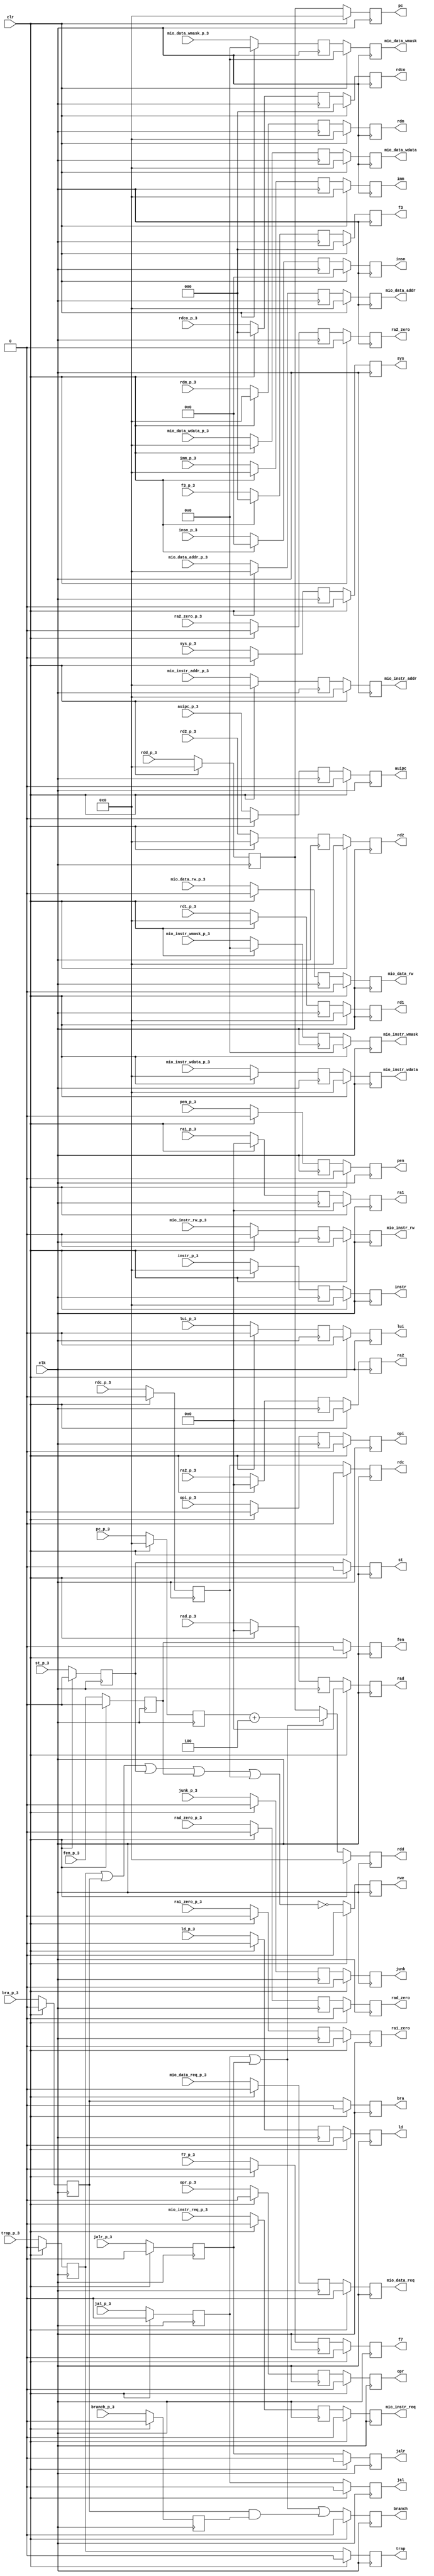
module commit (
    junk_p_3,
    mio_data_wmask_p_3,
    mio_data_rw_p_3,
    mio_data_req_p_3,
    mio_data_wdata_p_3,
    mio_data_addr_p_3,
    mio_instr_wmask_p_3,
    mio_instr_rw_p_3,
    mio_instr_req_p_3,
    mio_instr_wdata_p_3,
    mio_instr_addr_p_3,
    branch_p_3,
    f7_p_3,
    f3_p_3,
    rdco_p_3,
    rdc_p_3,
    sys_p_3,
    fen_p_3,
    opr_p_3,
    opi_p_3,
    st_p_3,
    ld_p_3,
    bra_p_3,
    auipc_p_3,
    lui_p_3,
    trap_p_3,
    insn_p_3,
    instr_p_3,
    imm_p_3,
    rdm_p_3,
    pc_p_3,
    rdd_p_3,
    jalr_p_3,
    jal_p_3,
    rd2_p_3,
    rd1_p_3,
    rad_zero_p_3,
    ra2_zero_p_3,
    ra1_zero_p_3,
    rad_p_3,
    ra2_p_3,
    ra1_p_3,
    clr,
    clk,
    pen_p_3,
    pen,
    ra1,
    ra2,
    rad,
    ra1_zero,
    ra2_zero,
    rad_zero,
    rd1,
    rd2,
    rdd,
    rdm,
    imm,
    pc,
    instr,
    insn,
    trap,
    lui,
    auipc,
    jal,
    jalr,
    bra,
    ld,
    st,
    opi,
    opr,
    fen,
    sys,
    rdc,
    rdco,
    f3,
    f7,
    branch,
    rwe,
    mio_instr_addr,
    mio_instr_wdata,
    mio_instr_req,
    mio_instr_rw,
    mio_instr_wmask,
    mio_data_addr,
    mio_data_wdata,
    mio_data_req,
    mio_data_rw,
    mio_data_wmask,
    junk
);

    input junk_p_3;
    input [3:0] mio_data_wmask_p_3;
    input mio_data_rw_p_3;
    input mio_data_req_p_3;
    input [31:0] mio_data_wdata_p_3;
    input [31:0] mio_data_addr_p_3;
    input [3:0] mio_instr_wmask_p_3;
    input mio_instr_rw_p_3;
    input mio_instr_req_p_3;
    input [31:0] mio_instr_wdata_p_3;
    input [31:0] mio_instr_addr_p_3;
    input branch_p_3;
    input f7_p_3;
    input [2:0] f3_p_3;
    input [2:0] rdco_p_3;
    input rdc_p_3;
    input sys_p_3;
    input fen_p_3;
    input opr_p_3;
    input opi_p_3;
    input st_p_3;
    input ld_p_3;
    input bra_p_3;
    input auipc_p_3;
    input lui_p_3;
    input trap_p_3;
    input [47:0] insn_p_3;
    input [31:0] instr_p_3;
    input [31:0] imm_p_3;
    input [31:0] rdm_p_3;
    input [31:0] pc_p_3;
    input [31:0] rdd_p_3;
    input jalr_p_3;
    input jal_p_3;
    input [31:0] rd2_p_3;
    input [31:0] rd1_p_3;
    input rad_zero_p_3;
    input ra2_zero_p_3;
    input ra1_zero_p_3;
    input [4:0] rad_p_3;
    input [4:0] ra2_p_3;
    input [4:0] ra1_p_3;
    input clr;
    input clk;
    input pen_p_3;
    output pen;
    output [4:0] ra1;
    output [4:0] ra2;
    output [4:0] rad;
    output ra1_zero;
    output ra2_zero;
    output rad_zero;
    output [31:0] rd1;
    output [31:0] rd2;
    output [31:0] rdd;
    output [31:0] rdm;
    output [31:0] imm;
    output [31:0] pc;
    output [31:0] instr;
    output [47:0] insn;
    output trap;
    output lui;
    output auipc;
    output jal;
    output jalr;
    output bra;
    output ld;
    output st;
    output opi;
    output opr;
    output fen;
    output sys;
    output rdc;
    output [2:0] rdco;
    output [2:0] f3;
    output f7;
    output branch;
    output rwe;
    output [31:0] mio_instr_addr;
    output [31:0] mio_instr_wdata;
    output mio_instr_req;
    output mio_instr_rw;
    output [3:0] mio_instr_wmask;
    output [31:0] mio_data_addr;
    output [31:0] mio_data_wdata;
    output mio_data_req;
    output mio_data_rw;
    output [3:0] mio_data_wmask;
    output junk;

    /* signal declarations */
    wire _10835 = 1'b0;
    wire _10836 = 1'b0;
    wire _9420 = 1'b0;
    wire _9421 = 1'b0;
    reg _9422;
    reg _10837;
    wire [3:0] _10831 = 4'b0000;
    wire [3:0] _10832 = 4'b0000;
    wire [3:0] _9424 = 4'b0000;
    wire [3:0] _9425 = 4'b0000;
    reg [3:0] _9426;
    reg [3:0] _10833;
    wire _10827 = 1'b0;
    wire _10828 = 1'b0;
    wire _9428 = 1'b0;
    wire _9429 = 1'b0;
    reg _9430;
    reg _10829;
    wire _10823 = 1'b0;
    wire _10824 = 1'b0;
    wire _9432 = 1'b0;
    wire _9433 = 1'b0;
    reg _9434;
    reg _10825;
    wire [31:0] _10819 = 32'b00000000000000000000000000000000;
    wire [31:0] _10820 = 32'b00000000000000000000000000000000;
    wire [31:0] _9436 = 32'b00000000000000000000000000000000;
    wire [31:0] _9437 = 32'b00000000000000000000000000000000;
    reg [31:0] _9438;
    reg [31:0] _10821;
    wire [31:0] _10815 = 32'b00000000000000000000000000000000;
    wire [31:0] _10816 = 32'b00000000000000000000000000000000;
    wire [31:0] _9440 = 32'b00000000000000000000000000000000;
    wire [31:0] _9441 = 32'b00000000000000000000000000000000;
    reg [31:0] _9442;
    reg [31:0] _10817;
    wire [3:0] _10811 = 4'b0000;
    wire [3:0] _10812 = 4'b0000;
    wire [3:0] _9444 = 4'b0000;
    wire [3:0] _9445 = 4'b0000;
    reg [3:0] _9446;
    reg [3:0] _10813;
    wire _10807 = 1'b0;
    wire _10808 = 1'b0;
    wire _9448 = 1'b0;
    wire _9449 = 1'b0;
    reg _9450;
    reg _10809;
    wire _10803 = 1'b0;
    wire _10804 = 1'b0;
    wire _9452 = 1'b0;
    wire _9453 = 1'b0;
    reg _9454;
    reg _10805;
    wire [31:0] _10799 = 32'b00000000000000000000000000000000;
    wire [31:0] _10800 = 32'b00000000000000000000000000000000;
    wire [31:0] _9456 = 32'b00000000000000000000000000000000;
    wire [31:0] _9457 = 32'b00000000000000000000000000000000;
    reg [31:0] _9458;
    reg [31:0] _10801;
    wire [31:0] _10795 = 32'b00000000000000000000000000000000;
    wire [31:0] _10796 = 32'b00000000000000000000000000000000;
    wire [31:0] _9460 = 32'b00000000000000000000000000000000;
    wire [31:0] _9461 = 32'b00000000000000000000000000000000;
    reg [31:0] _9462;
    reg [31:0] _10797;
    wire _10791 = 1'b0;
    wire _10792 = 1'b0;
    wire _10658;
    wire _10659;
    wire _10660;
    wire _10661;
    wire _10662;
    reg _10793;
    wire _10787 = 1'b0;
    wire _10788 = 1'b0;
    wire _9468 = 1'b0;
    wire _9469 = 1'b0;
    reg _9470;
    wire _10651;
    wire _10652;
    wire _10653;
    reg _10789;
    wire _10783 = 1'b0;
    wire _10784 = 1'b0;
    wire _9472 = 1'b0;
    wire _9473 = 1'b0;
    reg _9474;
    reg _10785;
    wire [2:0] _10779 = 3'b000;
    wire [2:0] _10780 = 3'b000;
    wire [2:0] _9476 = 3'b000;
    wire [2:0] _9477 = 3'b000;
    reg [2:0] _9478;
    reg [2:0] _10781;
    wire [2:0] _10775 = 3'b000;
    wire [2:0] _10776 = 3'b000;
    wire [2:0] _9480 = 3'b000;
    wire [2:0] _9481 = 3'b000;
    reg [2:0] _9482;
    reg [2:0] _10777;
    wire _10771 = 1'b0;
    wire _10772 = 1'b0;
    wire _9484 = 1'b0;
    wire _9485 = 1'b0;
    reg _9486;
    reg _10773;
    wire _10767 = 1'b0;
    wire _10768 = 1'b0;
    wire _9488 = 1'b0;
    wire _9489 = 1'b0;
    reg _9490;
    reg _10769;
    wire _10763 = 1'b0;
    wire _10764 = 1'b0;
    wire _9492 = 1'b0;
    wire _9493 = 1'b0;
    reg _9494;
    reg _10765;
    wire _10759 = 1'b0;
    wire _10760 = 1'b0;
    wire _9496 = 1'b0;
    wire _9497 = 1'b0;
    reg _9498;
    reg _10761;
    wire _10755 = 1'b0;
    wire _10756 = 1'b0;
    wire _9500 = 1'b0;
    wire _9501 = 1'b0;
    reg _9502;
    reg _10757;
    wire _10751 = 1'b0;
    wire _10752 = 1'b0;
    wire _9504 = 1'b0;
    wire _9505 = 1'b0;
    reg _9506;
    reg _10753;
    wire _10747 = 1'b0;
    wire _10748 = 1'b0;
    wire _9508 = 1'b0;
    wire _9509 = 1'b0;
    reg _9510;
    reg _10749;
    wire _10743 = 1'b0;
    wire _10744 = 1'b0;
    wire _9512 = 1'b0;
    wire _9513 = 1'b0;
    reg _9514;
    reg _10745;
    wire _10739 = 1'b0;
    wire _10740 = 1'b0;
    reg _10741;
    wire _10735 = 1'b0;
    wire _10736 = 1'b0;
    reg _10737;
    wire _10731 = 1'b0;
    wire _10732 = 1'b0;
    wire _9524 = 1'b0;
    wire _9525 = 1'b0;
    reg _9526;
    reg _10733;
    wire _10727 = 1'b0;
    wire _10728 = 1'b0;
    wire _9528 = 1'b0;
    wire _9529 = 1'b0;
    reg _9530;
    reg _10729;
    wire _10723 = 1'b0;
    wire _10724 = 1'b0;
    wire _9532 = 1'b0;
    wire _9533 = 1'b0;
    reg _9534;
    reg _10725;
    wire [47:0] _10719 = 48'b000000000000000000000000000000000000000000000000;
    wire [47:0] _10720 = 48'b000000000000000000000000000000000000000000000000;
    wire [47:0] _9536 = 48'b000000000000000000000000000000000000000000000000;
    wire [47:0] _9537 = 48'b000000000000000000000000000000000000000000000000;
    reg [47:0] _9538;
    reg [47:0] _10721;
    wire [31:0] _10715 = 32'b00000000000000000000000000000000;
    wire [31:0] _10716 = 32'b00000000000000000000000000000000;
    wire [31:0] _9540 = 32'b00000000000000000000000000000000;
    wire [31:0] _9541 = 32'b00000000000000000000000000000000;
    reg [31:0] _9542;
    reg [31:0] _10717;
    wire [31:0] _10711 = 32'b00000000000000000000000000000000;
    wire [31:0] _10712 = 32'b00000000000000000000000000000000;
    reg [31:0] _10713;
    wire [31:0] _10707 = 32'b00000000000000000000000000000000;
    wire [31:0] _10708 = 32'b00000000000000000000000000000000;
    wire [31:0] _9548 = 32'b00000000000000000000000000000000;
    wire [31:0] _9549 = 32'b00000000000000000000000000000000;
    reg [31:0] _9550;
    reg [31:0] _10709;
    wire [31:0] _10703 = 32'b00000000000000000000000000000000;
    wire [31:0] _10704 = 32'b00000000000000000000000000000000;
    wire [31:0] _9552 = 32'b00000000000000000000000000000000;
    wire [31:0] _9553 = 32'b00000000000000000000000000000000;
    reg [31:0] _9554;
    reg [31:0] _10705;
    wire [31:0] _10699 = 32'b00000000000000000000000000000000;
    wire [31:0] _10700 = 32'b00000000000000000000000000000000;
    wire [31:0] _10654 = 32'b00000000000000000000000000000100;
    wire [31:0] _9544 = 32'b00000000000000000000000000000000;
    wire [31:0] _9545 = 32'b00000000000000000000000000000000;
    reg [31:0] _9546;
    wire [31:0] _10655;
    wire [31:0] _9556 = 32'b00000000000000000000000000000000;
    wire [31:0] _9557 = 32'b00000000000000000000000000000000;
    reg [31:0] _9558;
    wire _9516 = 1'b0;
    wire _9517 = 1'b0;
    reg _9518;
    wire _9520 = 1'b0;
    wire _9521 = 1'b0;
    reg _9522;
    wire _10656;
    wire [31:0] _10657;
    reg [31:0] _10701;
    wire [31:0] _10695 = 32'b00000000000000000000000000000000;
    wire [31:0] _10696 = 32'b00000000000000000000000000000000;
    wire [31:0] _9560 = 32'b00000000000000000000000000000000;
    wire [31:0] _9561 = 32'b00000000000000000000000000000000;
    reg [31:0] _9562;
    reg [31:0] _10697;
    wire [31:0] _10691 = 32'b00000000000000000000000000000000;
    wire [31:0] _10692 = 32'b00000000000000000000000000000000;
    wire [31:0] _9564 = 32'b00000000000000000000000000000000;
    wire [31:0] _9565 = 32'b00000000000000000000000000000000;
    reg [31:0] _9566;
    reg [31:0] _10693;
    wire _10687 = 1'b0;
    wire _10688 = 1'b0;
    wire _9568 = 1'b0;
    wire _9569 = 1'b0;
    reg _9570;
    reg _10689;
    wire _10683 = 1'b0;
    wire _10684 = 1'b0;
    wire _9572 = 1'b0;
    wire _9573 = 1'b0;
    reg _9574;
    reg _10685;
    wire _10679 = 1'b0;
    wire _10680 = 1'b0;
    wire _9576 = 1'b0;
    wire _9577 = 1'b0;
    reg _9578;
    reg _10681;
    wire [4:0] _10675 = 5'b00000;
    wire [4:0] _10676 = 5'b00000;
    wire [4:0] _9580 = 5'b00000;
    wire [4:0] _9581 = 5'b00000;
    reg [4:0] _9582;
    reg [4:0] _10677;
    wire [4:0] _10671 = 5'b00000;
    wire [4:0] _10672 = 5'b00000;
    wire [4:0] _9584 = 5'b00000;
    wire [4:0] _9585 = 5'b00000;
    reg [4:0] _9586;
    reg [4:0] _10673;
    wire [4:0] _10667 = 5'b00000;
    wire [4:0] _10668 = 5'b00000;
    wire [4:0] _9588 = 5'b00000;
    wire [4:0] _9589 = 5'b00000;
    reg [4:0] _9590;
    reg [4:0] _10669;
    wire _10663 = 1'b0;
    wire _10664 = 1'b0;
    wire _9592 = 1'b0;
    wire vdd = 1'b1;
    wire _9593 = 1'b0;
    reg _9594;
    reg _10665;

    /* logic */
    always @(posedge clk) begin
        if (clr)
            _9422 <= _9420;
        else
            _9422 <= junk_p_3;
    end
    always @(posedge clk) begin
        if (clr)
            _10837 <= _10835;
        else
            _10837 <= _9422;
    end
    always @(posedge clk) begin
        if (clr)
            _9426 <= _9424;
        else
            _9426 <= mio_data_wmask_p_3;
    end
    always @(posedge clk) begin
        if (clr)
            _10833 <= _10831;
        else
            _10833 <= _9426;
    end
    always @(posedge clk) begin
        if (clr)
            _9430 <= _9428;
        else
            _9430 <= mio_data_rw_p_3;
    end
    always @(posedge clk) begin
        if (clr)
            _10829 <= _10827;
        else
            _10829 <= _9430;
    end
    always @(posedge clk) begin
        if (clr)
            _9434 <= _9432;
        else
            _9434 <= mio_data_req_p_3;
    end
    always @(posedge clk) begin
        if (clr)
            _10825 <= _10823;
        else
            _10825 <= _9434;
    end
    always @(posedge clk) begin
        if (clr)
            _9438 <= _9436;
        else
            _9438 <= mio_data_wdata_p_3;
    end
    always @(posedge clk) begin
        if (clr)
            _10821 <= _10819;
        else
            _10821 <= _9438;
    end
    always @(posedge clk) begin
        if (clr)
            _9442 <= _9440;
        else
            _9442 <= mio_data_addr_p_3;
    end
    always @(posedge clk) begin
        if (clr)
            _10817 <= _10815;
        else
            _10817 <= _9442;
    end
    always @(posedge clk) begin
        if (clr)
            _9446 <= _9444;
        else
            _9446 <= mio_instr_wmask_p_3;
    end
    always @(posedge clk) begin
        if (clr)
            _10813 <= _10811;
        else
            _10813 <= _9446;
    end
    always @(posedge clk) begin
        if (clr)
            _9450 <= _9448;
        else
            _9450 <= mio_instr_rw_p_3;
    end
    always @(posedge clk) begin
        if (clr)
            _10809 <= _10807;
        else
            _10809 <= _9450;
    end
    always @(posedge clk) begin
        if (clr)
            _9454 <= _9452;
        else
            _9454 <= mio_instr_req_p_3;
    end
    always @(posedge clk) begin
        if (clr)
            _10805 <= _10803;
        else
            _10805 <= _9454;
    end
    always @(posedge clk) begin
        if (clr)
            _9458 <= _9456;
        else
            _9458 <= mio_instr_wdata_p_3;
    end
    always @(posedge clk) begin
        if (clr)
            _10801 <= _10799;
        else
            _10801 <= _9458;
    end
    always @(posedge clk) begin
        if (clr)
            _9462 <= _9460;
        else
            _9462 <= mio_instr_addr_p_3;
    end
    always @(posedge clk) begin
        if (clr)
            _10797 <= _10795;
        else
            _10797 <= _9462;
    end
    assign _10658 = _9534 | _9514;
    assign _10659 = _10658 | _9506;
    assign _10660 = _10659 | _9494;
    assign _10661 = _10660 | _9486;
    assign _10662 = ~ _10661;
    always @(posedge clk) begin
        if (clr)
            _10793 <= _10791;
        else
            _10793 <= _10662;
    end
    always @(posedge clk) begin
        if (clr)
            _9470 <= _9468;
        else
            _9470 <= branch_p_3;
    end
    assign _10651 = _9514 & _9470;
    assign _10652 = _9522 | _9518;
    assign _10653 = _10652 | _10651;
    always @(posedge clk) begin
        if (clr)
            _10789 <= _10787;
        else
            _10789 <= _10653;
    end
    always @(posedge clk) begin
        if (clr)
            _9474 <= _9472;
        else
            _9474 <= f7_p_3;
    end
    always @(posedge clk) begin
        if (clr)
            _10785 <= _10783;
        else
            _10785 <= _9474;
    end
    always @(posedge clk) begin
        if (clr)
            _9478 <= _9476;
        else
            _9478 <= f3_p_3;
    end
    always @(posedge clk) begin
        if (clr)
            _10781 <= _10779;
        else
            _10781 <= _9478;
    end
    always @(posedge clk) begin
        if (clr)
            _9482 <= _9480;
        else
            _9482 <= rdco_p_3;
    end
    always @(posedge clk) begin
        if (clr)
            _10777 <= _10775;
        else
            _10777 <= _9482;
    end
    always @(posedge clk) begin
        if (clr)
            _9486 <= _9484;
        else
            _9486 <= rdc_p_3;
    end
    always @(posedge clk) begin
        if (clr)
            _10773 <= _10771;
        else
            _10773 <= _9486;
    end
    always @(posedge clk) begin
        if (clr)
            _9490 <= _9488;
        else
            _9490 <= sys_p_3;
    end
    always @(posedge clk) begin
        if (clr)
            _10769 <= _10767;
        else
            _10769 <= _9490;
    end
    always @(posedge clk) begin
        if (clr)
            _9494 <= _9492;
        else
            _9494 <= fen_p_3;
    end
    always @(posedge clk) begin
        if (clr)
            _10765 <= _10763;
        else
            _10765 <= _9494;
    end
    always @(posedge clk) begin
        if (clr)
            _9498 <= _9496;
        else
            _9498 <= opr_p_3;
    end
    always @(posedge clk) begin
        if (clr)
            _10761 <= _10759;
        else
            _10761 <= _9498;
    end
    always @(posedge clk) begin
        if (clr)
            _9502 <= _9500;
        else
            _9502 <= opi_p_3;
    end
    always @(posedge clk) begin
        if (clr)
            _10757 <= _10755;
        else
            _10757 <= _9502;
    end
    always @(posedge clk) begin
        if (clr)
            _9506 <= _9504;
        else
            _9506 <= st_p_3;
    end
    always @(posedge clk) begin
        if (clr)
            _10753 <= _10751;
        else
            _10753 <= _9506;
    end
    always @(posedge clk) begin
        if (clr)
            _9510 <= _9508;
        else
            _9510 <= ld_p_3;
    end
    always @(posedge clk) begin
        if (clr)
            _10749 <= _10747;
        else
            _10749 <= _9510;
    end
    always @(posedge clk) begin
        if (clr)
            _9514 <= _9512;
        else
            _9514 <= bra_p_3;
    end
    always @(posedge clk) begin
        if (clr)
            _10745 <= _10743;
        else
            _10745 <= _9514;
    end
    always @(posedge clk) begin
        if (clr)
            _10741 <= _10739;
        else
            _10741 <= _9518;
    end
    always @(posedge clk) begin
        if (clr)
            _10737 <= _10735;
        else
            _10737 <= _9522;
    end
    always @(posedge clk) begin
        if (clr)
            _9526 <= _9524;
        else
            _9526 <= auipc_p_3;
    end
    always @(posedge clk) begin
        if (clr)
            _10733 <= _10731;
        else
            _10733 <= _9526;
    end
    always @(posedge clk) begin
        if (clr)
            _9530 <= _9528;
        else
            _9530 <= lui_p_3;
    end
    always @(posedge clk) begin
        if (clr)
            _10729 <= _10727;
        else
            _10729 <= _9530;
    end
    always @(posedge clk) begin
        if (clr)
            _9534 <= _9532;
        else
            _9534 <= trap_p_3;
    end
    always @(posedge clk) begin
        if (clr)
            _10725 <= _10723;
        else
            _10725 <= _9534;
    end
    always @(posedge clk) begin
        if (clr)
            _9538 <= _9536;
        else
            _9538 <= insn_p_3;
    end
    always @(posedge clk) begin
        if (clr)
            _10721 <= _10719;
        else
            _10721 <= _9538;
    end
    always @(posedge clk) begin
        if (clr)
            _9542 <= _9540;
        else
            _9542 <= instr_p_3;
    end
    always @(posedge clk) begin
        if (clr)
            _10717 <= _10715;
        else
            _10717 <= _9542;
    end
    always @(posedge clk) begin
        if (clr)
            _10713 <= _10711;
        else
            _10713 <= _9558;
    end
    always @(posedge clk) begin
        if (clr)
            _9550 <= _9548;
        else
            _9550 <= imm_p_3;
    end
    always @(posedge clk) begin
        if (clr)
            _10709 <= _10707;
        else
            _10709 <= _9550;
    end
    always @(posedge clk) begin
        if (clr)
            _9554 <= _9552;
        else
            _9554 <= rdm_p_3;
    end
    always @(posedge clk) begin
        if (clr)
            _10705 <= _10703;
        else
            _10705 <= _9554;
    end
    always @(posedge clk) begin
        if (clr)
            _9546 <= _9544;
        else
            _9546 <= pc_p_3;
    end
    assign _10655 = _9546 + _10654;
    always @(posedge clk) begin
        if (clr)
            _9558 <= _9556;
        else
            _9558 <= rdd_p_3;
    end
    always @(posedge clk) begin
        if (clr)
            _9518 <= _9516;
        else
            _9518 <= jalr_p_3;
    end
    always @(posedge clk) begin
        if (clr)
            _9522 <= _9520;
        else
            _9522 <= jal_p_3;
    end
    assign _10656 = _9522 | _9518;
    assign _10657 = _10656 ? _10655 : _9558;
    always @(posedge clk) begin
        if (clr)
            _10701 <= _10699;
        else
            _10701 <= _10657;
    end
    always @(posedge clk) begin
        if (clr)
            _9562 <= _9560;
        else
            _9562 <= rd2_p_3;
    end
    always @(posedge clk) begin
        if (clr)
            _10697 <= _10695;
        else
            _10697 <= _9562;
    end
    always @(posedge clk) begin
        if (clr)
            _9566 <= _9564;
        else
            _9566 <= rd1_p_3;
    end
    always @(posedge clk) begin
        if (clr)
            _10693 <= _10691;
        else
            _10693 <= _9566;
    end
    always @(posedge clk) begin
        if (clr)
            _9570 <= _9568;
        else
            _9570 <= rad_zero_p_3;
    end
    always @(posedge clk) begin
        if (clr)
            _10689 <= _10687;
        else
            _10689 <= _9570;
    end
    always @(posedge clk) begin
        if (clr)
            _9574 <= _9572;
        else
            _9574 <= ra2_zero_p_3;
    end
    always @(posedge clk) begin
        if (clr)
            _10685 <= _10683;
        else
            _10685 <= _9574;
    end
    always @(posedge clk) begin
        if (clr)
            _9578 <= _9576;
        else
            _9578 <= ra1_zero_p_3;
    end
    always @(posedge clk) begin
        if (clr)
            _10681 <= _10679;
        else
            _10681 <= _9578;
    end
    always @(posedge clk) begin
        if (clr)
            _9582 <= _9580;
        else
            _9582 <= rad_p_3;
    end
    always @(posedge clk) begin
        if (clr)
            _10677 <= _10675;
        else
            _10677 <= _9582;
    end
    always @(posedge clk) begin
        if (clr)
            _9586 <= _9584;
        else
            _9586 <= ra2_p_3;
    end
    always @(posedge clk) begin
        if (clr)
            _10673 <= _10671;
        else
            _10673 <= _9586;
    end
    always @(posedge clk) begin
        if (clr)
            _9590 <= _9588;
        else
            _9590 <= ra1_p_3;
    end
    always @(posedge clk) begin
        if (clr)
            _10669 <= _10667;
        else
            _10669 <= _9590;
    end
    always @(posedge clk) begin
        if (clr)
            _9594 <= _9592;
        else
            _9594 <= pen_p_3;
    end
    always @(posedge clk) begin
        if (clr)
            _10665 <= _10663;
        else
            _10665 <= _9594;
    end

    /* aliases */

    /* output assignments */
    assign pen = _10665;
    assign ra1 = _10669;
    assign ra2 = _10673;
    assign rad = _10677;
    assign ra1_zero = _10681;
    assign ra2_zero = _10685;
    assign rad_zero = _10689;
    assign rd1 = _10693;
    assign rd2 = _10697;
    assign rdd = _10701;
    assign rdm = _10705;
    assign imm = _10709;
    assign pc = _10713;
    assign instr = _10717;
    assign insn = _10721;
    assign trap = _10725;
    assign lui = _10729;
    assign auipc = _10733;
    assign jal = _10737;
    assign jalr = _10741;
    assign bra = _10745;
    assign ld = _10749;
    assign st = _10753;
    assign opi = _10757;
    assign opr = _10761;
    assign fen = _10765;
    assign sys = _10769;
    assign rdc = _10773;
    assign rdco = _10777;
    assign f3 = _10781;
    assign f7 = _10785;
    assign branch = _10789;
    assign rwe = _10793;
    assign mio_instr_addr = _10797;
    assign mio_instr_wdata = _10801;
    assign mio_instr_req = _10805;
    assign mio_instr_rw = _10809;
    assign mio_instr_wmask = _10813;
    assign mio_data_addr = _10817;
    assign mio_data_wdata = _10821;
    assign mio_data_req = _10825;
    assign mio_data_rw = _10829;
    assign mio_data_wmask = _10833;
    assign junk = _10837;

endmodule